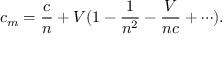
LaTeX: c _ { m } = { \frac { c } { n } } + V ( 1 - { \frac { 1 } { n ^ { 2 } } } - { \frac { V } { n c } } + \cdots ) .